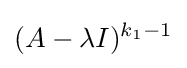
(A-\lambda I)^{k_{1}-1}